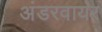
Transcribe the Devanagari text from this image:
अंडरवायर